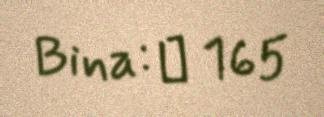
Bina: № 165